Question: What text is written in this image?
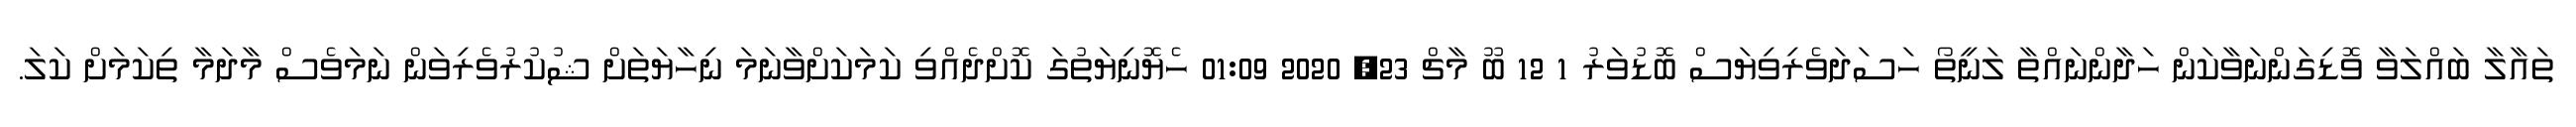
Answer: ތައާލާ ބައްލަވާ ވޮޑިގަންނަވާކަން ހަދާންނައްތާ ލަނީތޯ ހަސަދަވެރިވިޔަސް ބޮޑުވަރު 1 12 ބޫ މާޗް 23, 2020 01:09 ހެޔޮނިޔަތުގަ ކޮށްދެއްވި ކަމަކަށްވާނަމަ ނިހާޔަތަށް ޝުކުރުވެރިވަން ނަމަވެސް މާދަމާ ތިކަމަށް ކަލަ.